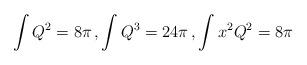
LaTeX: \begin{align*}\int Q^2 = 8\pi \,, \int Q^3 = 24\pi \,, \int x^2Q^2 = 8 \pi\end{align*}